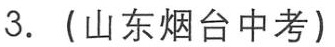
3. （山东烟台中考）